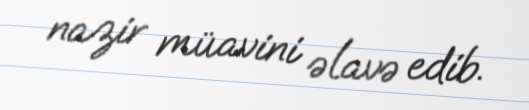
nazir müavini əlavə edib.